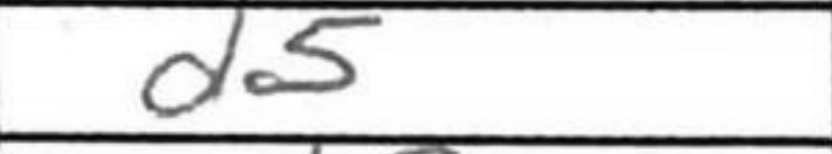
Transcription: d5